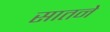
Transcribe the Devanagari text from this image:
सातने